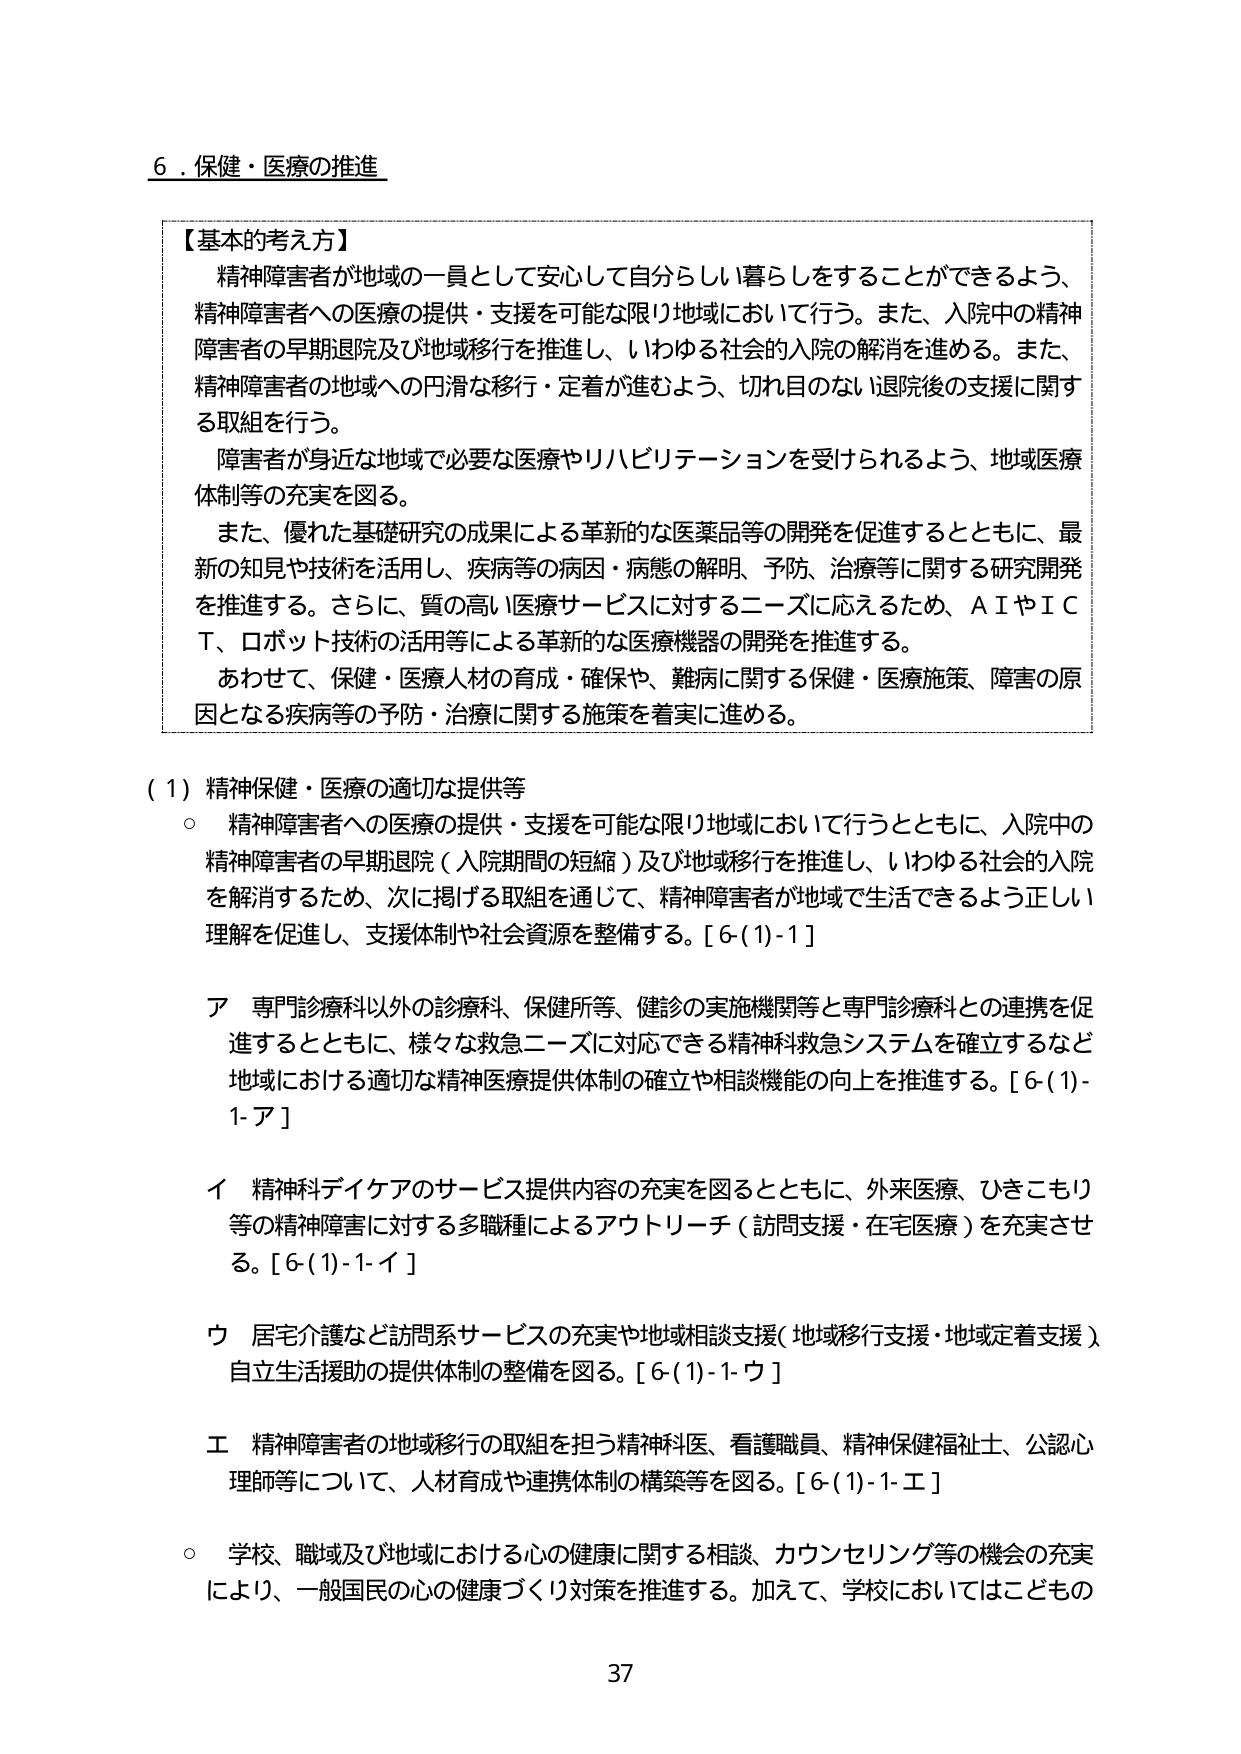
6．保健・医療の推進

【基本的考え方】
精神障害者が地域の一員として安心して自分らしい暮らしをすることができるよう、
精神障害者への医療の提供・支援を可能な限り地域において行う。また、入院中の精神
障害者の早期退院及び地域移行を推進し、いわゆる社会的入院の解消を進める。また、
精神障害者の地域への円滑な移行・定着が進むよう、切れ目のない退院後の支援に関す
る取組を行う。
障害者が身近な地域で必要な医療やリハビリテーションを受けられるよう、地域医療
体制等の充実を図る。
また、優れた基礎研究の成果による革新的な医薬品等の開発を促進するとともに、最
新の知見や技術を活用し、疾病等の病因・病態の解明、予防、治療等に関する研究開発
を推進する。さらに、質の高い医療サービスに対するニーズに応えるため、ＡＩやＩＣ
Ｔ、ロボット技術の活用等による革新的な医療機器の開発を推進する。
あわせて、保健・医療人材の育成・確保や、難病に関する保健・医療施策、障害の原
因となる疾病等の予防・治療に関する施策を着実に進める。

（1）精神保健・医療の適切な提供等
○ 精神障害者への医療の提供・支援を可能な限り地域において行うとともに、入院中の
精神障害者の早期退院（入院期間の短縮）及び地域移行を推進し、いわゆる社会的入院
を解消するため、次に掲げる取組を通じて、精神障害者が地域で生活できるよう正しい
理解を促進し、支援体制や社会資源を整備する。[6-(1)-1]

ア 専門診療科以外の診療科、保健所等、健診の実施機関等と専門診療科との連携を促
進するとともに、様々な救急ニーズに対応できる精神科救急システムを確立するなど
地域における適切な精神医療提供体制の確立や相談機能の向上を推進する。[6-(1)-
1-ア]

イ 精神科デイケアのサービス提供内容の充実を図るとともに、外来医療、ひきこもり
等の精神障害に対する多職種によるアウトリーチ（訪問支援・在宅医療）を充実させ
る。[6-(1)-1-イ]

ウ 居宅介護など訪問系サービスの充実や地域相談支援（地域移行支援・地域定着支援）
自立生活援助の提供体制の整備を図る。[6-(1)-1-ウ]

エ 精神障害者の地域移行の取組を担う精神科医、看護職員、精神保健福祉士、公認心
理師等について、人材育成や連携体制の構築等を図る。[6-(1)-1-エ]

○ 学校、職域及び地域における心の健康に関する相談、カウンセリング等の機会の充実
により、一般国民の心の健康づくり対策を推進する。加えて、学校においてはこどもの

37